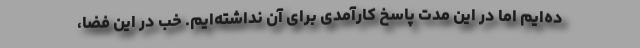
ده‌ایم اما در این مدت پاسخ کارآمدی برای آن نداشته‌ایم. خب در این فضا،